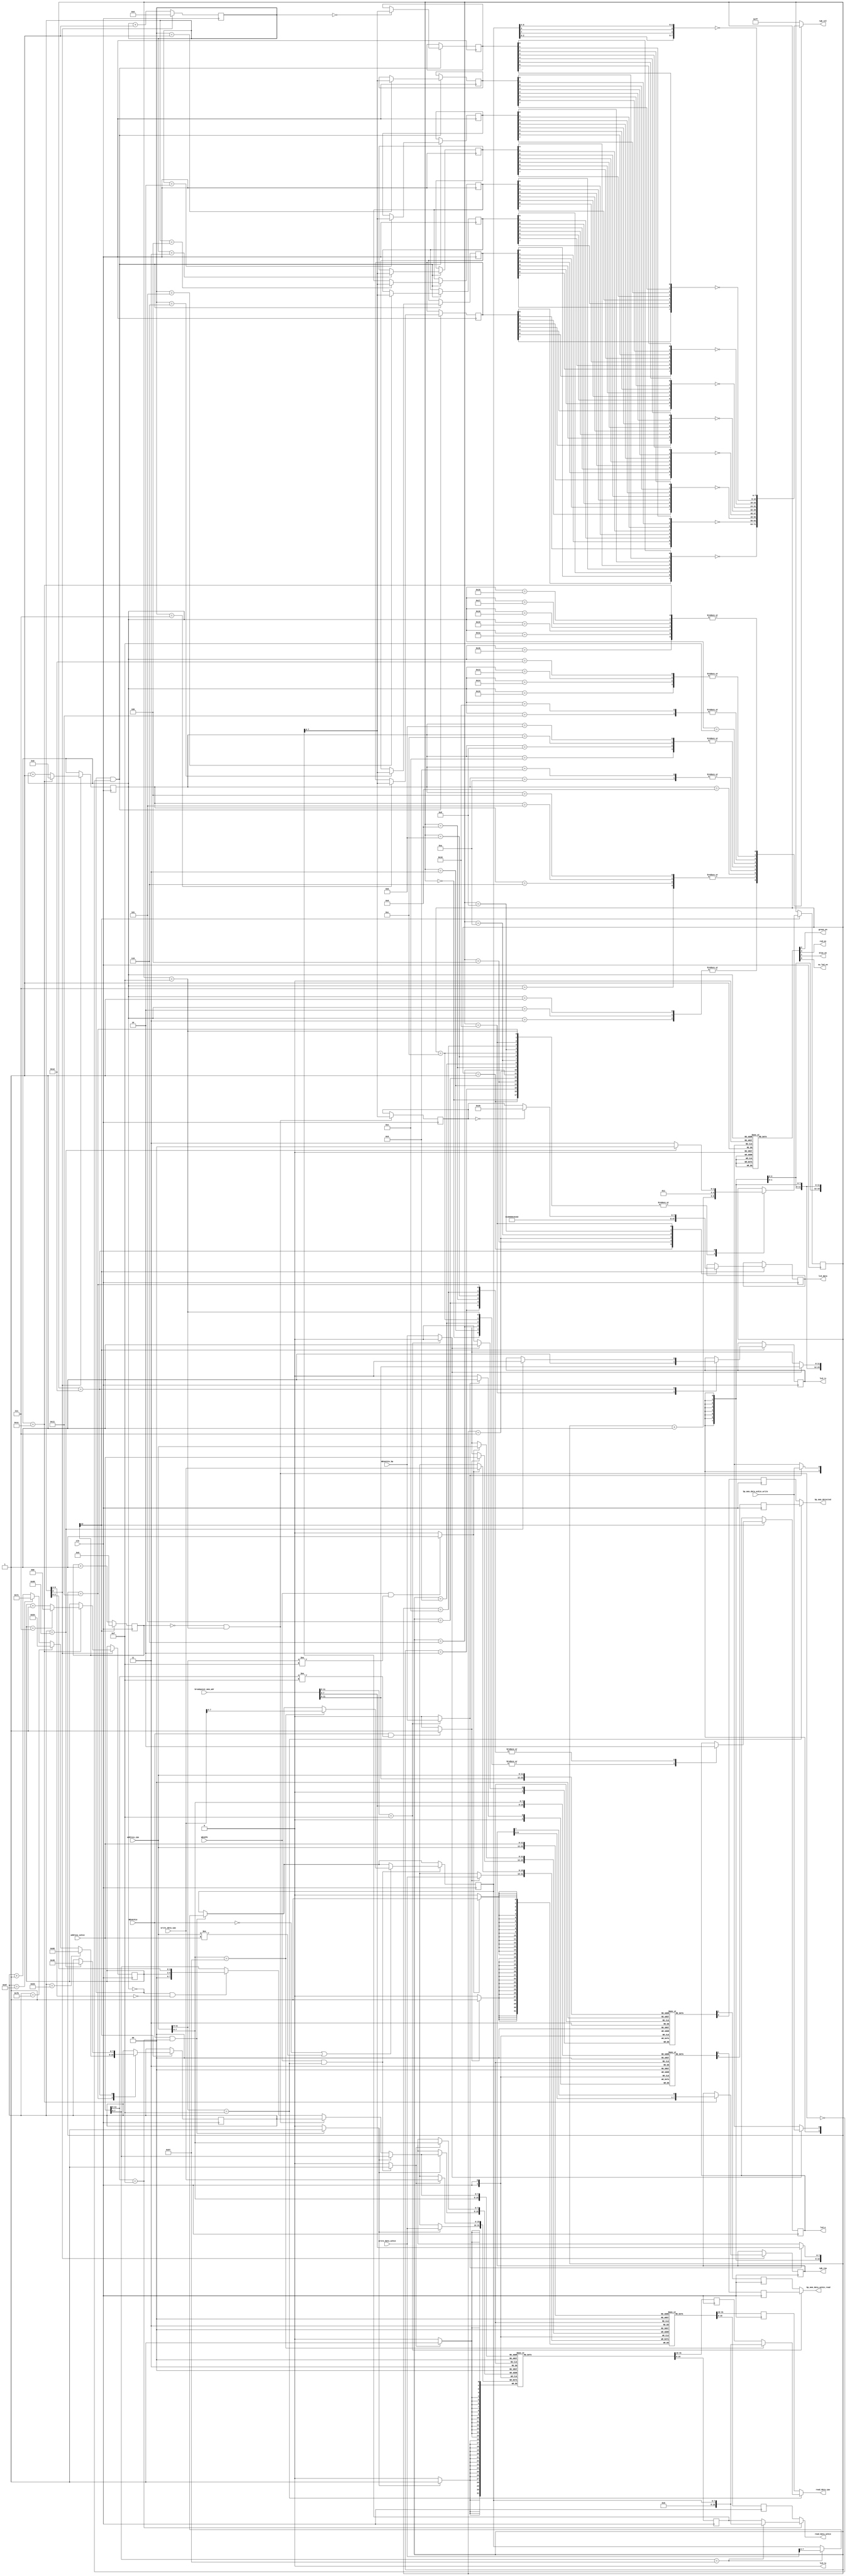

// Author I Wodiany
// JULY 2016
// Author Tong Li
// JUNE 2018
// Version 2.0

// Dual port memory/register module
// Based on memory_stump.v module, however only the LED matrix and LCD drivers are 
// so that the demo programs that use LEDs and LCD can run
// Address range 0 to 16'hEFF is main memory/RAM
// Address range 16'hF00 to 16'hFFF are address decoded registers
// The same address offsets(8 LSBs) are used like memory_stump.v

  `define MEM_SIZE     12'hEFF // Size of main memory
  `define IO_SIZE      8'hFF    // Size of IO

module memory_mu0(
    input   wire        Clk,        // 8MHz system clock, externally generated on S6cmod
    // CPU memory operations signals
    input   wire [11:0] address_cpu,   // CPU memory address bus
    input   wire [15:0] write_data_cpu,// Data from cpu to memory
    output  reg  [15:0] read_data_cpu, // Data from memory to cpu
    input   wire        WEnCPU,        // CPU memory write enable, active high
    // Ackie/perentie memory operations signals
    input   wire [11:0] address_ackie, // Ackie/perentie memory address bus
    input   wire [15:0] write_data_ackie, // Data from ackie/perentie to memory
    output  reg  [15:0] read_data_ackie,  // Data from memory to ackie/perentie
    input   wire        WEnAckie, // Ackie/perentie memory write enable, active high
    // 8x8 LED matrix & SW LEDs control signals
    output  reg         green_en,   // signal to enable green matrix LEDs
    output  reg         red_en,     // signal to enable red matrix LEDs
    output  reg         blue_en,    // signal to enable blue matrix LEDs
    output  reg         sw_led_en,  // signal to enable SW LEDs above switches
    output  reg  [7:0]  rgb_col,    // signals to matrix columns
    output  reg  [7:0]  rgb_row,    // signals to matrix rows
    // LCD HD44780 display connected signals
    output  reg         lcd_rs, // Register select, Data('1') or instruction('0') Register
    output  reg         lcd_e,  // Strobe signal to start read/write
    output  reg         lcd_rw, // select Read('1') or Write('0')
    output  reg  [7:0]  lcd_data, // 8bit parallel data bus
    input   wire        WEnAckie_bp,              // breakpoint enable signal for ackie write
    input   wire [15:0] breakpoint_mem_adr,       // breakpoint memory address 
    input   wire        bp_mem_data_ackie_write,  // breakpoint data written to memory from ackie
    output  reg         bp_mem_data_ackie_read,   // breakpoint data read from memory to ackie 
    output  reg         bp_mem_detected           // detected breakpoint data from memory to ackie
);


// RAM
reg [15:0]  mem [12'h000:`MEM_SIZE];    // memory array 16bit words x (4096-256) locations
// IO
reg [15:0]  io [8'h00:`IO_SIZE];        // I/O memory array 16bit words x 256 locations

// Memory enable sub-signals depending on which memory array (mem or io) current data are directed
reg WEnCPU_mem;   // set when CPU memory write operation is directed to RAM
reg WEnCPU_io;    // set when CPU memory write operation is directed to IO memory
reg WEnAckie_mem; // set when ackie memory write operation is directed to RAM
reg WEnAckie_io;  // set when ackie memory write operation is directed to IO memory

reg [11:0] address_mem_cpu;
reg [11:0] address_mem_ackie;
reg [7:0]  address_io_cpu;
reg [7:0]  address_io_ackie;

// LED Matrix
reg [8:0] count = 0;

reg [7:0] pixel1, pixel2, pixel3, pixel4;
reg [7:0] pixel5, pixel6, pixel7, pixel8;

reg [4:0] rgb_count = 0;
reg [2:0] rgb_row_count = 0;

initial
 begin
  rgb_row = 8'b0000_0001;
 end

// SW LEDS
reg [7:0] sw_led = 0;  // visible memory mapped register for SW-LEDS
wire [7:0] sw_led_map; // to map each LED to the expected labelled letter
assign  sw_led_map[0] = sw_led[4]; // LED-E
assign  sw_led_map[1] = sw_led[5]; // LED-F
assign  sw_led_map[2] = sw_led[6]; // LED-G
assign  sw_led_map[3] = sw_led[3]; // LED-D
assign  sw_led_map[4] = sw_led[7]; // LED-H
assign  sw_led_map[5] = sw_led[0]; // LED-A
assign  sw_led_map[6] = sw_led[1]; // LED-B
assign  sw_led_map[7] = sw_led[2]; // LED-C

// LCD Display
reg [12:0] lcd_delay;
reg [4:0]  lcd_state;
reg [7:0]  lcd_count;
reg [7:0]  lcd_char;

initial
 begin
  lcd_rs = 0;
  lcd_e = 0;
  lcd_rw = 0;
  lcd_data = 8'b0000_0000;
  lcd_delay = 0;
  lcd_state = 0;
  lcd_count = 9'h040;
 end

//breakpoint memory, added by Tong Li JUNE 2018
reg   bp_mem_ram [0:`MEM_SIZE]; // breakpoint ram for main memory
reg   bp_io_ram [0:`IO_SIZE];   // breakpoint ram for memory mapped IO
reg   WEnCPU_bp = 0;            // breakpoint enable signal for CPU write
reg   WEnCPU_bp_data;        		// breakpoint data in WEnCPU_bp 


reg [15:0]  mem_read_data_cpu;        // cpu ram read port
reg [15:0]  mem_read_data_ackie;      // ackie ram read port
reg [15:0]  mem_read_data_io_cpu;     // cpu io read port
reg [15:0]  mem_read_data_io_ackie;   // ackie io read port


reg   WEnAckie_bp_mem;            // ackie write enable signal for breakpoint ram, used for main memory
reg   WEnAckie_bp_io;             // ackie write enable signal for breakpoint ram, used for memory mapped io
reg   WEnCPU_bp_mem;              // CPU write enable signal for breakpoint ram, used for main memory 
reg   WEnCPU_bp_io;               // CPU write enable signal for breakpoint ram, used for memory mapped io


reg   bp_mem_read_data_ackie;     // ackie read port for breakpoint ram, used for main memory
reg   bp_mem_read_data_io_ackie;  // ackie read port for breakpoint ram, used for memory mapped io
reg   bp_mem_read_data_cpu;       // cpu read port for breakpoint ram, used for main memory
reg   bp_mem_read_data_io_cpu;    // cpu read port for breakpoint ram, used for memory mapped io



// RAM R/W control
always @ (negedge Clk) // Done to make SRAM look like asynchronous RAM, makes simulation work
 begin
    if(WEnCPU_mem)  mem[address_mem_cpu] <= write_data_cpu; // Write cpu data to RAM array
    mem_read_data_cpu <= mem[address_mem_cpu];	 // CPU reads from RAM
    if(WEnAckie_mem) mem[address_mem_ackie] <= write_data_ackie; // Write ackie data to RAM array
    mem_read_data_ackie <= mem[address_mem_ackie];	 // Ackie reads from RAM
 end

// I/O memory R/W control, similar to RAM R/W
always @ (negedge Clk)
 begin
    if(WEnCPU_io)  io[address_io_cpu] <= write_data_cpu; // Write cpu data to io array
    mem_read_data_io_cpu <= io[address_io_cpu];	 // cpu read from io memory
    if(WEnAckie_io) io[address_io_ackie] <= write_data_ackie; // Write ackie data to io array
    mem_read_data_io_ackie <= io[address_io_ackie];	 // ackie read from io memory
 end


//Synchronous dual port RAM for breakpoint data only, R/W control for main memory.
always @(negedge Clk)
  begin 
    if(WEnAckie_bp_mem) bp_mem_ram[breakpoint_mem_adr] <= bp_mem_data_ackie_write;     // Ackie writes breakpoint location into breakpint memory 
    bp_mem_read_data_ackie <= bp_mem_ram[breakpoint_mem_adr];                          // Ackie reads breakpoint location to display in perentie from breakpoint memory
    if(WEnCPU_bp_mem) bp_mem_ram[address_cpu] <= WEnCPU_bp_data;                       // Write never set for this port, required to trick synthesis to produce dual port RAM
    bp_mem_read_data_cpu <= bp_mem_ram[address_cpu];                                   // Indicates when the CPU's PC points at an address where a breakpoint is set  - Ackie should stop CPU clock
  end  


//Synchronous dual port RAM for breakpoint data only, R/W control for IO memory.
always @(negedge Clk)
  begin
    if(WEnAckie_bp_io) bp_io_ram[breakpoint_mem_adr[7:0]] <= bp_mem_data_ackie_write;   // Ackie writes breakpoint location into breakpint memory 
    bp_mem_read_data_io_ackie <= bp_io_ram[breakpoint_mem_adr[7:0]];                    // Ackie reads breakpoint location to display in perentie from breakpoint memory 
    if(WEnCPU_bp_io) bp_io_ram[address_cpu[7:0]] <= WEnCPU_bp_data;                     // Write never set for this port, required to trick synthesis to produce dual port RAM
    bp_mem_read_data_io_cpu <= bp_io_ram[address_cpu[7:0]];                             // Indicates when the CPU's PC points at an address where a breakpoint is set  - Ackie should stop CPU clock
  end


// Ackie write enable signal for breakpoint main memory and breakpoint memory mapped io.
always@(*)
 	begin
 		if (breakpoint_mem_adr[11:8] == 4'hF)
 			begin 
        WEnAckie_bp_mem = 0;
        WEnAckie_bp_io = WEnAckie_bp;
      end 
    else
    	begin             
        WEnAckie_bp_mem = WEnAckie_bp;
        WEnAckie_bp_io = 0;
      end    
	end

// CPU write enable signal for breakpoint main memory and breakpoint memory mapped io.
always@(*)
 	begin
 		if (address_cpu[11:8] == 4'hF)
 			begin 
        WEnCPU_bp_mem = 0;
        WEnCPU_bp_io = WEnCPU_bp;
      end 
    else
    	begin             
        WEnCPU_bp_mem = WEnCPU_bp;
        WEnCPU_bp_io = 0;
      end    
	end



// Ackie read breakpoint memory port, used to display in perentie from breakpoint memory
always@(*)
 	begin
 		if (breakpoint_mem_adr[11:8] == 4'hF) bp_mem_data_ackie_read = bp_mem_read_data_io_ackie;  // Ackie reads from breakpoint ram for io memory.      
 		else bp_mem_data_ackie_read = bp_mem_read_data_ackie;                                      // Ackie reads from breakpoint ram for main memory.
 	end

// CPU read breakpoint memory port, used to read breakpoint signal to stop CPU clock.
always@(*)
 	begin
 		if (address_cpu[11:8] == 4'hF) bp_mem_detected = bp_mem_read_data_io_cpu;                 //CPU reads from breakpoint ram for io memory .   
 		else bp_mem_detected = bp_mem_read_data_cpu;                                              //CPU reads from breakpoint ram for main memory . 
 	end 


// Address decoders for ram and IO
always @(*)
 begin
  address_mem_cpu = address_cpu[11:0];
  address_mem_ackie = address_ackie[11:0];
  address_io_cpu  = address_cpu[7:0];
  if(WEnAckie_io)
   address_io_ackie = address_ackie[7:0];
  else if((lcd_delay == 0) & (lcd_state == 15))
   address_io_ackie = lcd_count;
  else if((rgb_count == 0) & (count[8:3] == 0))
   address_io_ackie = {2'b00, rgb_row_count, count[2:0]};
  else
   address_io_ackie = address_ackie[7:0];
 end

// Write enables for main RAM
always @(*)
 begin
  if((WEnCPU) & (address_cpu[11:8] != 4'hF))
   WEnCPU_mem = 1;
  else
   WEnCPU_mem = 0;
  if((WEnAckie) & (address_ackie[11:8] != 4'hF))
   WEnAckie_mem = 1;
  else
   WEnAckie_mem = 0;
 end

// Write enables for IO memory
always @(*)
 begin
  if((WEnCPU) & (address_cpu[11:8] == 4'hF))
   WEnCPU_io = 1;
  else
   WEnCPU_io = 0;
  if((WEnAckie) & (address_ackie[11:8] == 4'hF))
   WEnAckie_io = 1;
  else
   WEnAckie_io = 0;
 end

// CPU read memory port
always@(*) begin
    read_data_cpu = 0;
    if (address_cpu[11:8] == 4'hF) begin // from io memory
        case(address_cpu[7:0])
            8'h97 : read_data_cpu = sw_led;
            default : read_data_cpu = mem_read_data_io_cpu;
        endcase
    end
    else // from main RAM
        read_data_cpu = mem_read_data_cpu;
end

// Ackie read memory port
always@(*) begin
    read_data_ackie = 0;
    if (address_ackie[11:8] == 4'hF) begin // from io memory
        case(address_ackie[7:0])
            8'h97 : read_data_ackie = sw_led;
            default : read_data_ackie = mem_read_data_io_ackie;
        endcase
    end
    else // from main RAM
        read_data_ackie = mem_read_data_ackie;
end

// Write address decoder for memory mapped peripherals
// Ackie(WEnAckie) takes preference for writes to same address of CPU(WEnCPU)
always @(posedge Clk)
 begin
  if(WEnAckie & (address_ackie[11:8] == 4'hF))
   case(address_ackie[7:0])
    8'h97 : sw_led <= write_data_ackie[7:0];
   endcase
  if(WEnCPU & (address_cpu[11:8] == 4'hF))
   if((WEnAckie == 0) | (address_cpu != address_ackie)) // Just make sure that Ackie(WEnAckie) is not trying to write to same peripheral
    case(address_cpu[7:0])
     8'h97 : sw_led <= write_data_cpu[7:0];
    endcase
 end


// LED Matrix driver

// Transfer pixels for a row while in blanking phase (rgb_count == 0)
always @(posedge Clk)
 begin
  if((rgb_count == 0) & ~((lcd_delay == 0) & (lcd_state == 15)))
   case(count)
    0 : pixel1 <= mem_read_data_io_ackie[7:0];
    1 : pixel2 <= mem_read_data_io_ackie[7:0];
    2 : pixel3 <= mem_read_data_io_ackie[7:0];
    3 : pixel4 <= mem_read_data_io_ackie[7:0];
    4 : pixel5 <= mem_read_data_io_ackie[7:0];
    5 : pixel6 <= mem_read_data_io_ackie[7:0];
    6 : pixel7 <= mem_read_data_io_ackie[7:0];
    7 : pixel8 <= mem_read_data_io_ackie[7:0];
   endcase
 end

always @(*) // Turn leds on/off for required time
 begin
  case(rgb_count)
  0           : rgb_col = 8'b1111_1111;
  1,2,3       : rgb_col = ~{pixel8[0], pixel7[0], pixel6[0], pixel5[0], pixel4[0], pixel3[0], pixel2[0], pixel1[0]};
  4,5,6,7     : rgb_col = ~{pixel8[1], pixel7[1], pixel6[1], pixel5[1], pixel4[1], pixel3[1], pixel2[1], pixel1[1]};
  8           : rgb_col = ~{pixel8[2], pixel7[2], pixel6[2], pixel5[2], pixel4[2], pixel3[2], pixel2[2], pixel1[2]};
  9, 10       : rgb_col = ~{pixel8[3], pixel7[3], pixel6[3], pixel5[3], pixel4[3], pixel3[3], pixel2[3], pixel1[3]};
  11,12,13,14 : rgb_col = ~{pixel8[4], pixel7[4], pixel6[4], pixel5[4], pixel4[4], pixel3[4], pixel2[4], pixel1[4]};
  15          : rgb_col = ~{pixel8[5], pixel7[5], pixel6[5], pixel5[5], pixel4[5], pixel3[5], pixel2[5], pixel1[5]};
  16, 17      : rgb_col = ~{pixel8[6], pixel7[6], pixel6[6], pixel5[6], pixel4[6], pixel3[6], pixel2[6], pixel1[6]};
  18,19,20,21 : rgb_col = ~{pixel8[7], pixel7[7], pixel6[7], pixel5[7], pixel4[7], pixel3[7], pixel2[7], pixel1[7]};
  22,23,24,
  25,26,27,28 : rgb_col = ~sw_led_map;
  default     : rgb_col = 8'b1111_1111;
  endcase
 end

always @(*)
 begin
  case(rgb_count)
  0          : {red_en, green_en, blue_en, sw_led_en} = 4'b1111; // Blanking phase
  1,2,3,
  4,5,6,7    : {red_en, green_en, blue_en, sw_led_en} = 4'b1101; // Blue phase
  8,9,10,
  11,12,13,14: {red_en, green_en, blue_en, sw_led_en} = 4'b1011; // Green phase
  15,16,17,
  18,19,20,21: {red_en, green_en, blue_en, sw_led_en} = 4'b0111; // Red phase
  22,23,24,
  25,26,27,28: {red_en, green_en, blue_en, sw_led_en} = 4'b1110; // SW led phase
  default    : {red_en, green_en, blue_en, sw_led_en} = 4'b1111;
  endcase
 end


// LED matrix control and timing
always @(posedge Clk)
  begin
   if(count[8] == 1)
    begin
     count <= 0;
     if(rgb_count == 28) // Move to next row and enter blanking phase
      begin
       rgb_row <= {rgb_row[6:0],rgb_row[7]};
       rgb_count <= 0;
       if(rgb_row_count == 7)
        rgb_row_count <= 0;
       else
        rgb_row_count <= rgb_row_count + 1;
      end
     else
      begin
       rgb_count <= rgb_count + 1;
      end
    end
   else    // count[8] != 1 keep counting
    begin
     count <= count + 1;
    end
  end


// LCD Driver
always @ (posedge Clk)
 begin
  if((lcd_delay == 0) & (lcd_state == 15))
   lcd_char <= mem_read_data_io_ackie[7:0];
 end

always @ (posedge Clk)
 begin
  if(lcd_delay[12] == 1)
   begin
    lcd_delay <= 0;
    case(lcd_state)
     0  : begin lcd_e <= 1; lcd_state <= lcd_state + 1; end
     1  : begin lcd_data <= 8'b0011_1000; lcd_state <= lcd_state + 1; end // Set N and F (2 lines, 5x8 font)
     2  : begin lcd_e <= 0; lcd_state <= lcd_state + 1; end

     3  : begin lcd_e <= 1; lcd_state <= lcd_state + 1; end
     4  : begin lcd_data <= 8'b0000_0110; lcd_state <= lcd_state + 1; end // Set display to Increment and no Shift
     5  : begin lcd_e <= 0; lcd_state <= lcd_state + 1; end

     6  : begin lcd_e <= 1; lcd_state <= lcd_state + 1; end
     7  : begin lcd_data <= 8'b0000_1100; lcd_state <= lcd_state + 1; end // Set D, C, B (Display=on, Cursor=off, Blink=off)
     8  : begin lcd_e <= 0; lcd_state <= lcd_state + 1; end

     9  : begin lcd_e <= 1; lcd_state <= lcd_state + 1; end
     10 : begin lcd_data <= 8'b0000_0001; lcd_state <= lcd_state + 1; end // Clear display
     11 : begin lcd_e <= 0; lcd_state <= lcd_state + 1; end

     12 : begin lcd_e <= 1; lcd_state <= lcd_state + 1; end
     13 : begin lcd_data <= 8'b0000_0010; lcd_state <= lcd_state + 1; end // Return home
     14 : begin lcd_e <= 0; lcd_state <= lcd_state + 1; end

     15 : begin lcd_e <= 1; lcd_state <= lcd_state + 1; end
     16 : begin lcd_rs <= 1; if(lcd_char == 0) lcd_data <= 8'h20; else lcd_data <= lcd_char; lcd_state <= lcd_state + 1; end // Write character to lcd. If value is zero(non-empty char) write space instead
     17 : begin
           lcd_e <= 0;
           if(lcd_count == 8'h53)
            lcd_count <= 8'h68;
           else if(lcd_count == 8'h7B)
            lcd_count <= 8'h54;
           else if(lcd_count == 8'h67)
            lcd_count <= 8'h7C;
           else
            lcd_count <= lcd_count + 1;
           lcd_state <= lcd_state + 1;
          end

     18 : begin
           if(lcd_count == 8'h90) begin lcd_count <= 9'h040; lcd_rs <= 0; lcd_state <= 12; end
           else lcd_state <= 15;
          end
    endcase
   end
  else
   lcd_delay <= lcd_delay + 1;
 end

endmodule